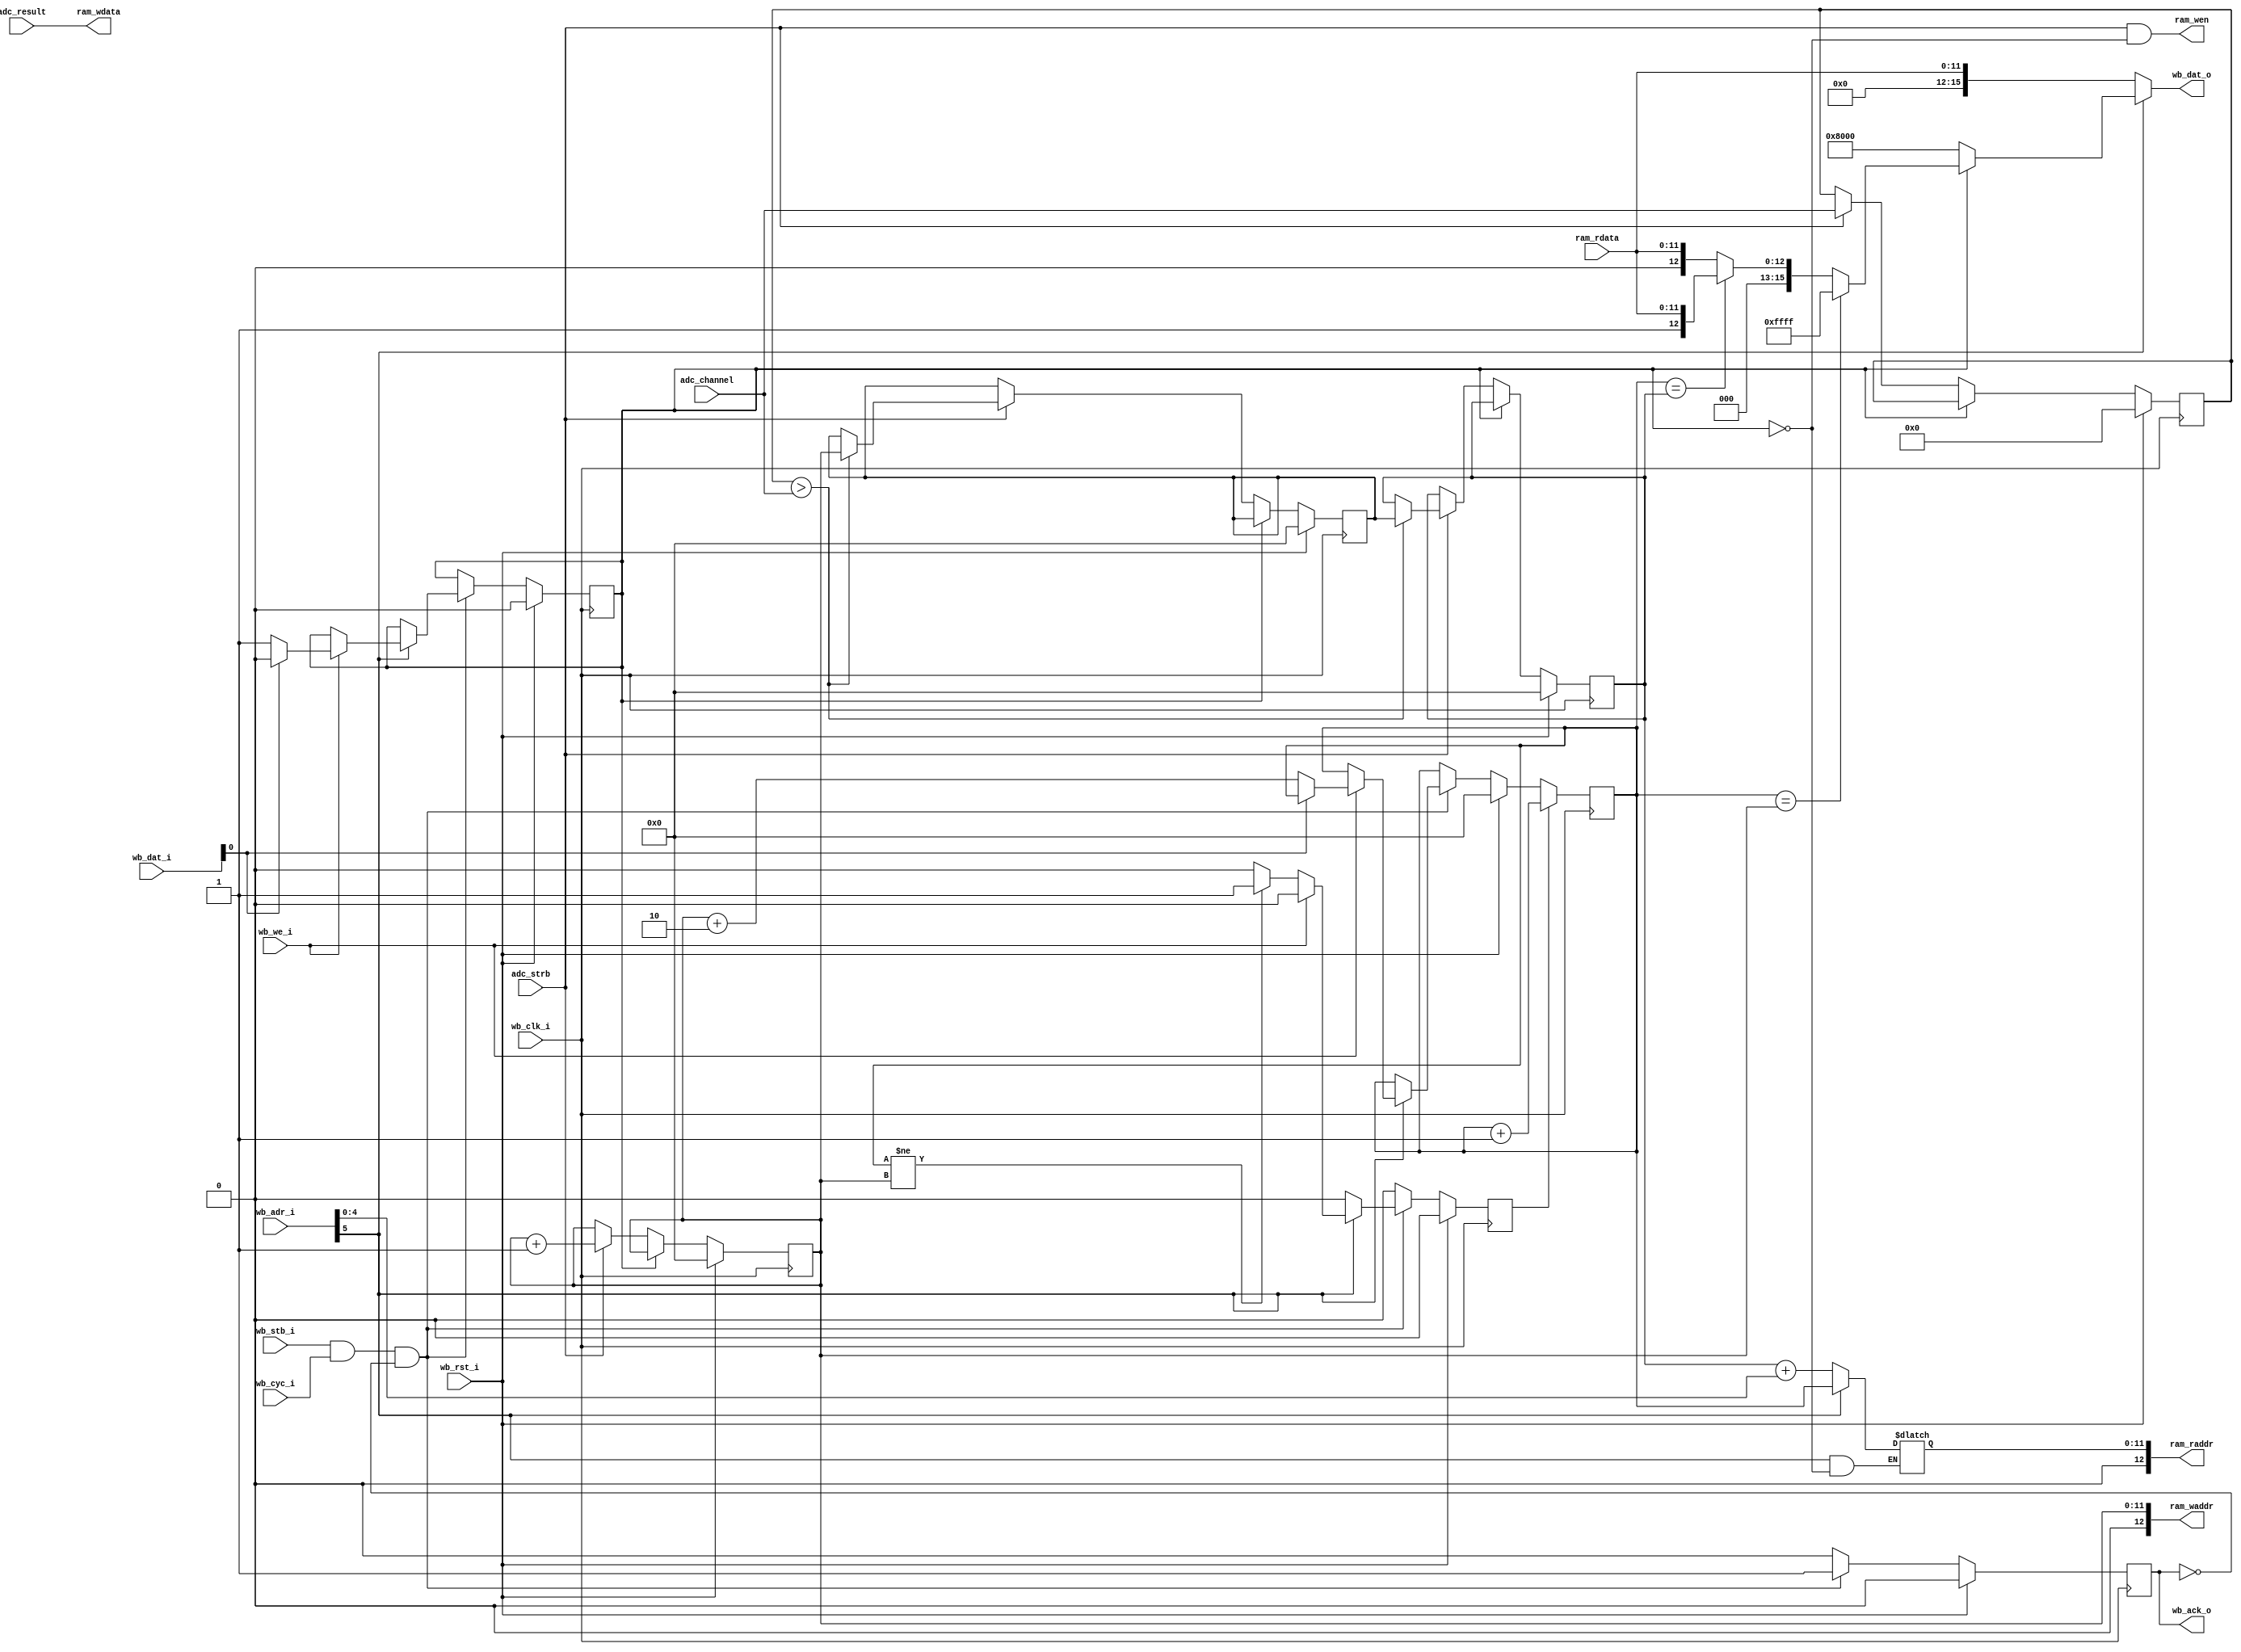
module value_storage(
    wb_clk_i, wb_rst_i,
    wb_stb_i, wb_cyc_i, wb_we_i,
    wb_adr_i, wb_dat_i, wb_dat_o,
    wb_ack_o,
    adc_result, adc_channel, adc_strb,
    ram_wen,
    ram_raddr, ram_waddr,
    ram_rdata, ram_wdata
  );
  input  wb_clk_i, wb_rst_i;
  input  wb_stb_i, wb_cyc_i, wb_we_i;
  input  [15:0] wb_adr_i;
  input  [15:0] wb_dat_i;
  output [15:0] wb_dat_o;
  output wb_ack_o;
 
  input  adc_strb;
  input   [4:0] adc_channel;
  input  [11:0] adc_result;

  output ram_wen;
  output [12:0] ram_raddr;
  output [12:0] ram_waddr;
  input  [11:0] ram_rdata;
  output [11:0] ram_wdata;

  wire [11:0] rb_head;
  wire [11:0] rb_check_point;
  wire [11:0] rb_read_index;
  wire        rb_pause;

  reg wb_ack_o;
  reg rb_read_index_inc;
  reg rb_pause_reg;
  reg [11:0] rb_read_index_reg;

  always @(posedge wb_clk_i) begin
    wb_ack_o          <= 1'b0;
    rb_read_index_inc <= 1'b0;
    if (wb_rst_i) begin
      rb_pause_reg <= 1'b0;
      rb_read_index_reg <= 12'b0;
    end else begin
      if (wb_stb_i && wb_cyc_i && !wb_ack_o) begin
        wb_ack_o <= 1'b1;
        if (wb_adr_i[5]) begin
          if (wb_we_i) begin
            if (wb_dat_i[0]) begin
              rb_pause_reg <= 1'b0;
            end else begin
              rb_pause_reg  <= 1'b1;
              rb_read_index_reg <= rb_head + 2;
            end
          end else begin
            if (rb_read_index != rb_head) begin
              rb_read_index_inc <= 1'b1;
            end
          end
        end
      end
    end
    
    if (rb_read_index_inc) begin
      rb_read_index_reg <= rb_read_index_reg + 1;
    end
  end
  assign rb_read_index = rb_read_index_reg;
  assign rb_pause = rb_pause_reg;
  
  reg [15:0] wb_dat_o_reg;
  reg [11:0] ram_raddr_reg;

  always @(*) begin
    if (wb_adr_i[5]) begin
      /* ring buffer */
      if (!rb_pause) begin
        wb_dat_o_reg <= 16'h8000;
      end else begin
        ram_raddr_reg <= rb_read_index;
        if (rb_read_index == rb_head) begin
          wb_dat_o_reg <= 16'hffff;
        end else if (rb_read_index == rb_check_point) begin
          wb_dat_o_reg  <= {3'b0, 1'b1, ram_rdata};
        end else begin
          wb_dat_o_reg  <= {4'b0, ram_rdata};
        end
      end
    end else begin
      /* sample access */
      wb_dat_o_reg  <= ram_rdata;
      ram_raddr_reg <= rb_check_point + wb_adr_i[4:0];
    end
  end
  
  assign ram_raddr = ram_raddr_reg;
  assign wb_dat_o  = wb_dat_o_reg;

  /******** Ring Buffer ********/

  reg [11:0] rb_progress;
  reg [11:0] rb_checkp;
  reg [11:0] rb_checkp_new;
  reg  [4:0] prev_channel;

  always @(posedge wb_clk_i) begin
    if (wb_rst_i) begin
      rb_progress   <= 12'b0;
      rb_checkp     <= 12'b0;
      rb_checkp_new <= 12'b0;
      prev_channel  <= 5'b0;
    end else begin
      if (!rb_pause) begin
        if (adc_strb) begin
          rb_progress  <= rb_progress + 1;
          prev_channel <= adc_channel;
          if (prev_channel > adc_channel) begin
            rb_checkp_new <= rb_progress; /* store the next checkpoint */
            rb_checkp     <= rb_checkp_new;
          end
        end
      end
    end
  end
  assign rb_check_point = rb_checkp;
  assign rb_head        = rb_progress;

  assign ram_waddr = rb_progress;
  assign ram_wdata = adc_result;
  assign ram_wen   = adc_strb && !rb_pause;

endmodule